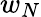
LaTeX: w_{N}